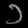
Digit: ၁